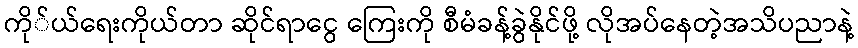
ကို်ယ်ရေးကိုယ်တာ ဆိုင်ရာငွေ ကြေးကို စီမံခန့်ခွဲနိုင်ဖို့ လိုအပ်နေတဲ့အသိပညာနဲ့